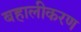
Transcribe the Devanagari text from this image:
बहालीकरण